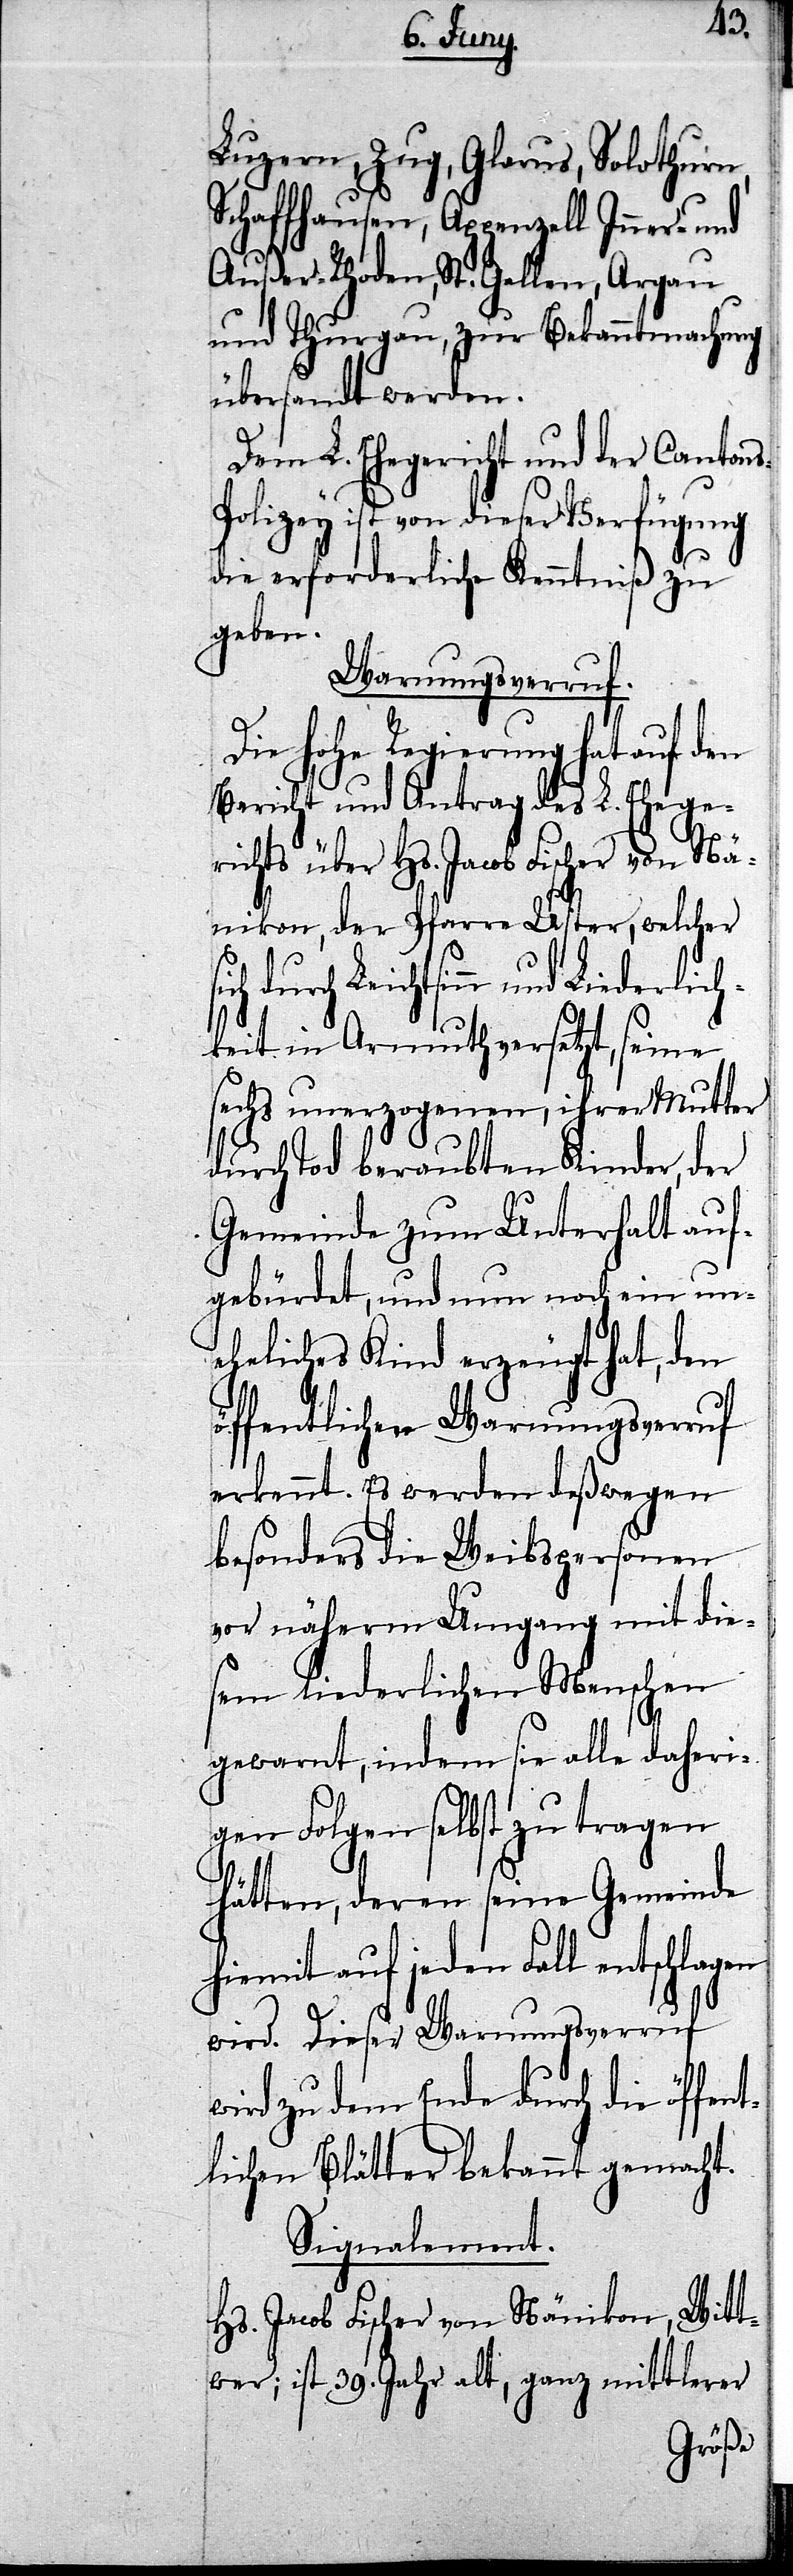
s-P¬
Luzern, Zug, Glarus, Solothurn,
Schaffhausen, Appenzell Inner- und
Außer-Rhoden, St. Gallen, Argau
und Thurgau, zur Bekanntmachung
übersandt werden.
Dem L. Ehegericht und der Canton¬
olizey ist von dieser Verfügung
die erforderliche Kenntniß zu
geben.
Warnungsverruf.
Die Hohe Regierung hat auf den
Bericht und Antrag des L. Ehege¬
richts über Hs. Jacob Fischer von Nä¬
nikon, der Pfarre Uster, welcher
durch Leichtsinn und Liederlich¬
keit in Armuth versetzt, seine
sechs unerzogenen, ihrer Mutter
durch Tod beraubten Kinder, der
Gemeinde zum Unterhalt auf¬
gebürdet, und nun noch ein un¬
eheliches Kind erzeugt hat, den
öffentlichen Warnungsverruf
erkennt. Es werden deswegen
besonders die Weibspersonen
vor näherm Umgang mit die¬
sem liederlichen Menschen
gewarnt, indem sie alle daheri¬
gen Folgen selbst zu tragen
hätten, deren seine Gemeinde
auf jeden Fall entschlagen
wird. Dieser Warnungsverruf
wird zu dem Ende durch die öffent¬
lichen Blätter bekannt gemacht.
Signalement.
Hs. Jacob Fischer von Nänikon, Witt¬
wer; ist 39. Jahr alt, ganz mittlerer